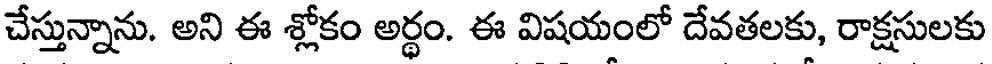
చేస్తున్నాను. అని ఈ శ్లోకం అర్థం. ఈ విషయంలో దేవతలకు, రాక్షసులకు